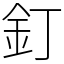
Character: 釘